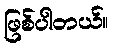
ဖြစ်ပါတယ်။